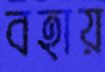
বহায়